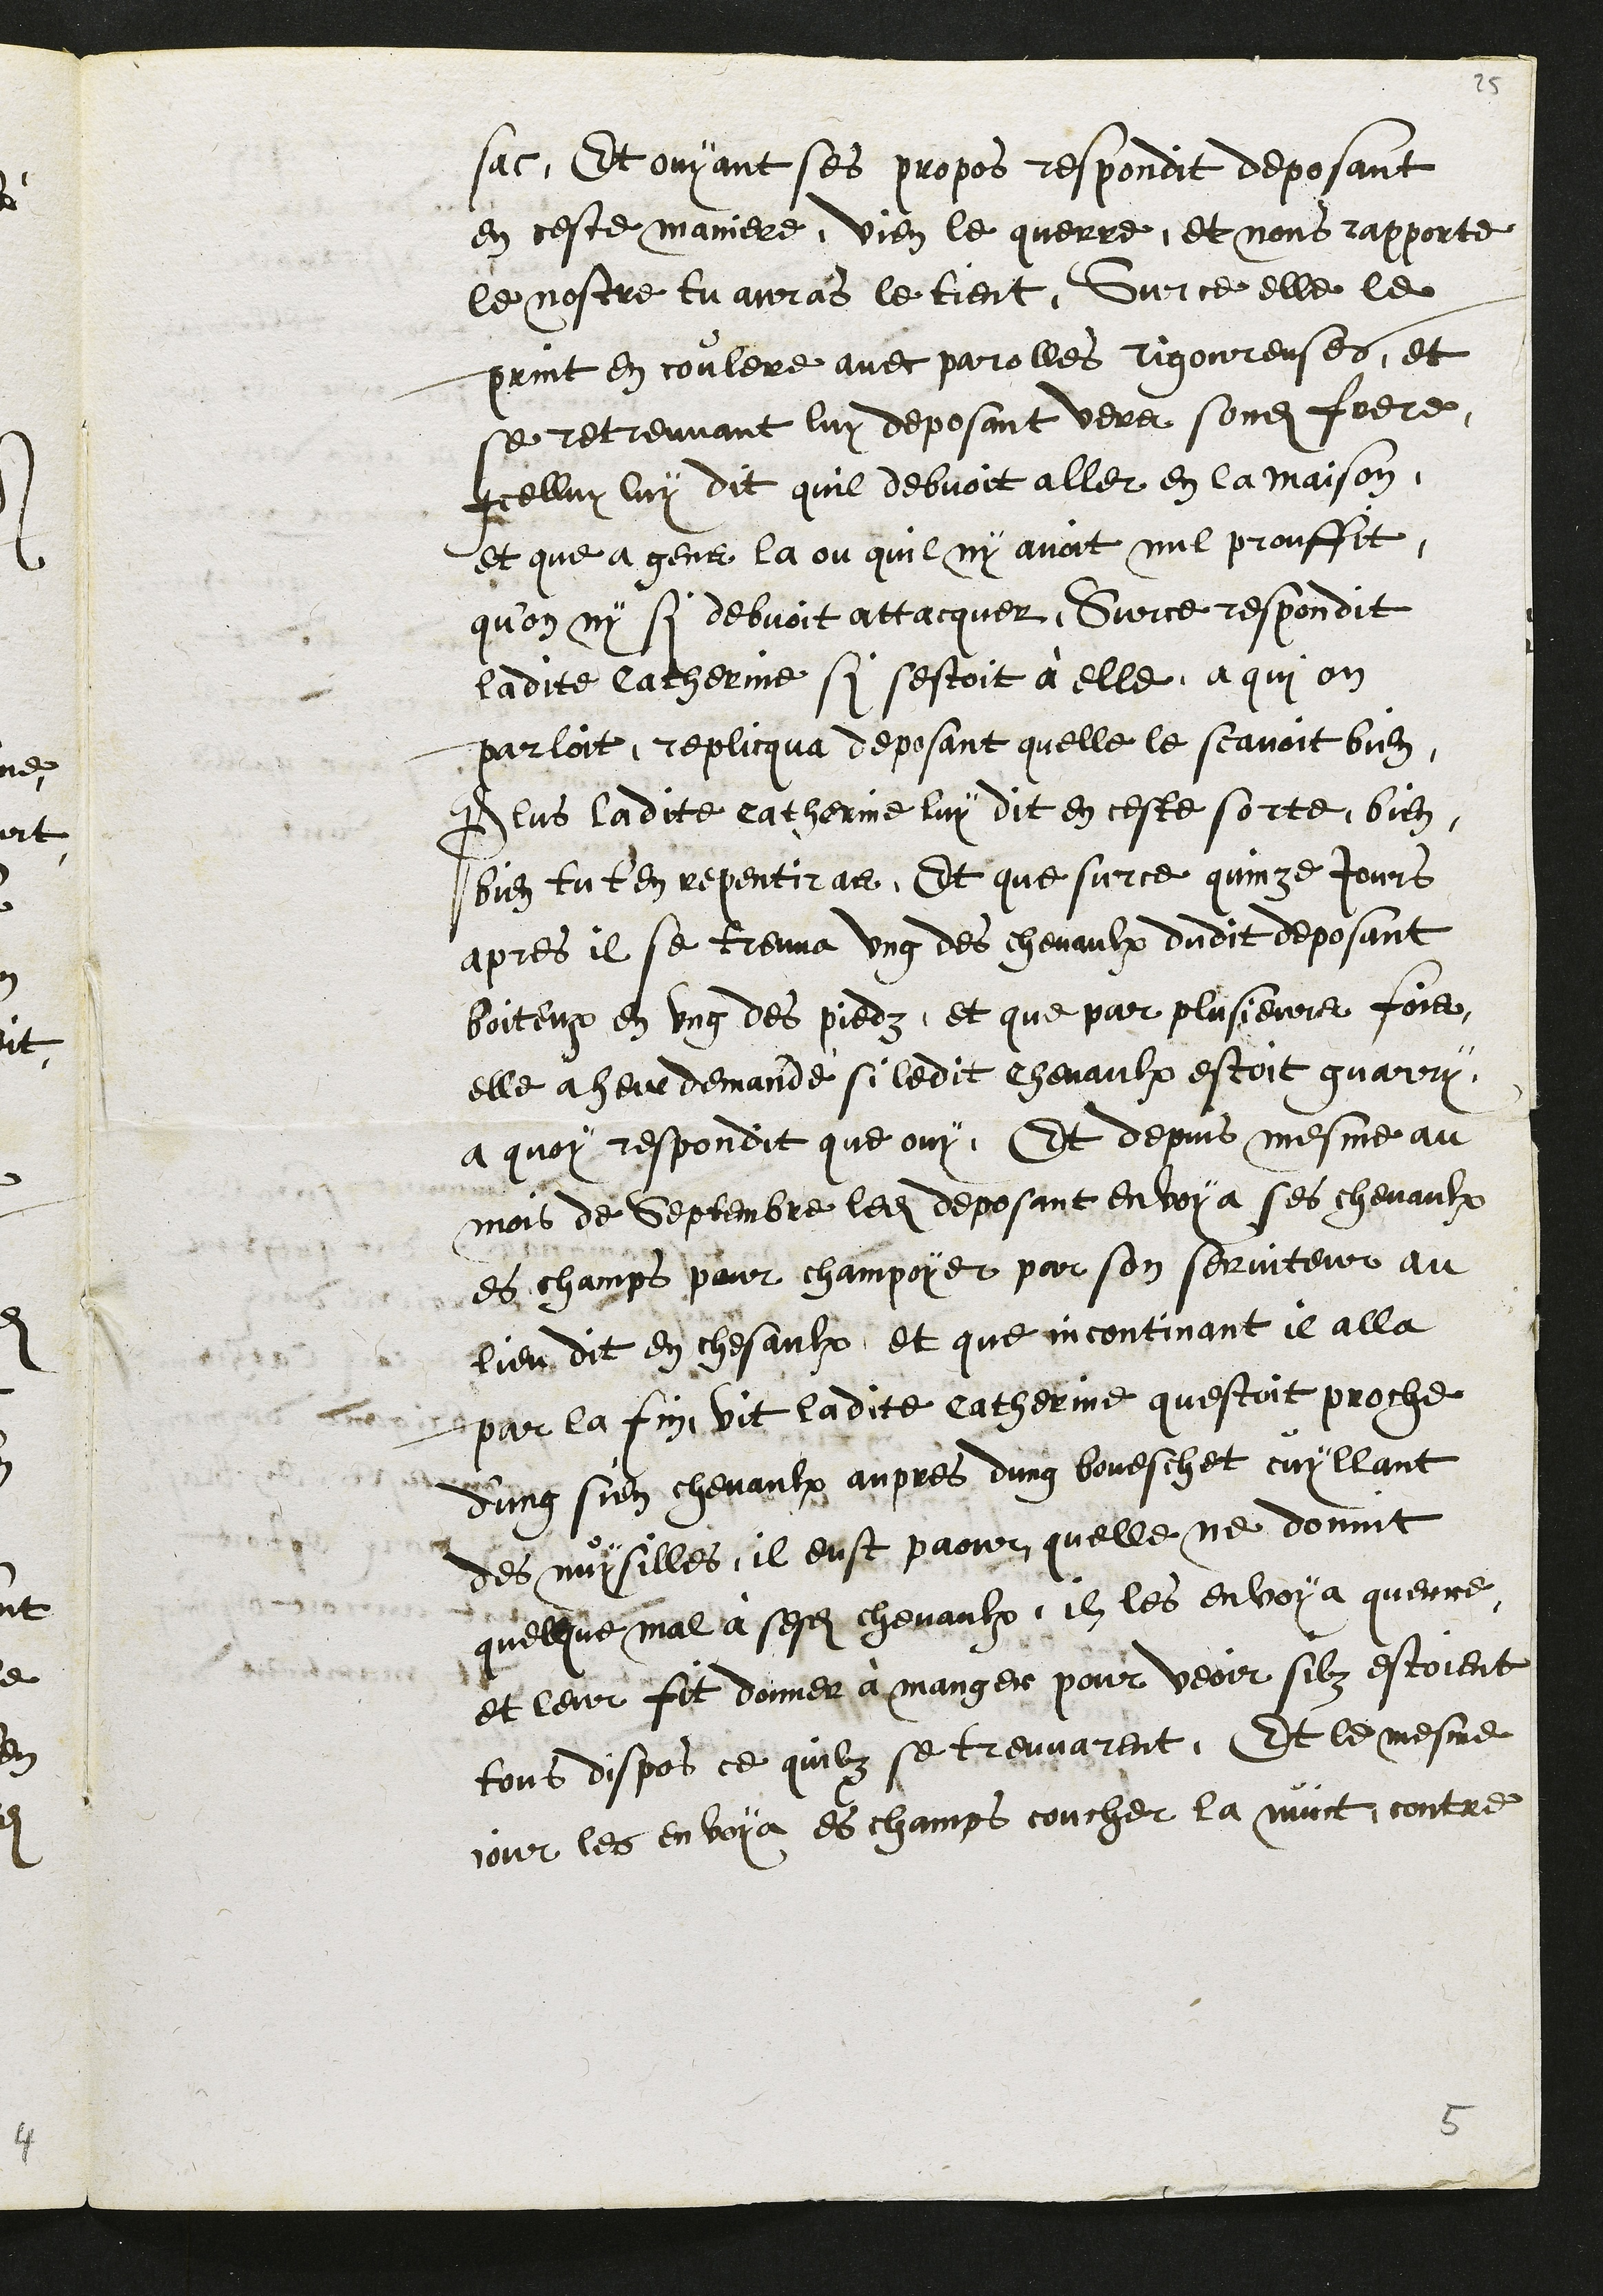
sac, Et ouyant ses propos respondit deposant
en ceste maniere, vien le querre, et nous rapporte
le nostre tu auras le tient. Sur ce elle le
print en coulere avec parolles rigoureusses, et
se retreuvant luy deposant vers sondit frere
icelluy luy dit quil debvoit aller en la maison,
et que a gens la ou quil ny avoit nul prouffit,
quon ny si debvoit attacquer, Sur ce respondit
ladite Catherinne si sestoit à elle a qui on
parloit, replicqua deposant quelle le scavoit bien
Plus ladite catherinne luy dit en ceste sorte, bien,
bien tu t'en repentiras, Et que surce quinze jours
apres il se treuva ung des chevaulx dudit deposant
boiteux en ung des piedz, et que par plusieurs fois
elle a heu demandé si ledit chevaulx estoit guarry.
A quoy respondit que ouy, Et depuis mesme au
mois de Septembre ledit deposant envoya ses chevaulx
es champs pour champoyer par son serviteur au
lieu dit en chesaulx, et que incontinant il alla
par la fin, vit ladite catherinne questoit proche
d'ung sien chevaulx aupres dung boueschet cuyllant
des nuysilles, il eust paour quelle ne donnit
quelque mal à sesdits chevaulx, il les envoya querre
et leur fit donner à manger pour veoir silz estoient
tous dispos ce quilz se treuvarent, Et le mesme
jour les envoya es champs coucher la nuict, contre

5